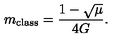
m _ { \mathrm { c l a s s } } = \frac { 1 - \sqrt { \mu } } { 4 G } .